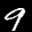
Label: 9